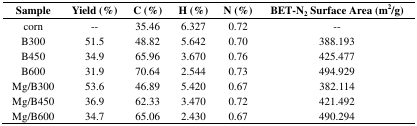
<table><thead><tr><td><b>Sample</b></td><td><b>Yield (%)</b></td><td><b>C (%)</b></td><td><b>H (%)</b></td><td><b>N (%)</b></td><td><b>BET-N<sub>2</sub> Surface Area (m<sup>2</sup>/g)</b></td></tr></thead><tbody><tr><td>corn</td><td>--</td><td>35.46</td><td>6.327</td><td>0.72</td><td>--</td></tr><tr><td>B300</td><td>51.5</td><td>48.82</td><td>5.642</td><td>0.70</td><td>388.193</td></tr><tr><td>B450</td><td>34.9</td><td>65.96</td><td>3.670</td><td>0.76</td><td>425.477</td></tr><tr><td>B600</td><td>31.9</td><td>70.64</td><td>2.544</td><td>0.73</td><td>494.929</td></tr><tr><td>Mg/B300</td><td>53.6</td><td>46.89</td><td>5.420</td><td>0.67</td><td>382.114</td></tr><tr><td>Mg/B450</td><td>36.9</td><td>62.33</td><td>3.470</td><td>0.72</td><td>421.492</td></tr><tr><td>Mg/B600</td><td>34.7</td><td>65.06</td><td>2.430</td><td>0.67</td><td>490.294</td></tr></tbody></table>